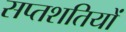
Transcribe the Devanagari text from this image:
सप्तशतियों